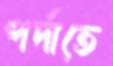
পর্দাতে